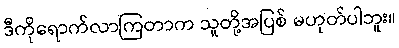
ဒီကိုရောက်လာကြတာက သူတို့အပြစ် မဟုတ်ပါဘူး။